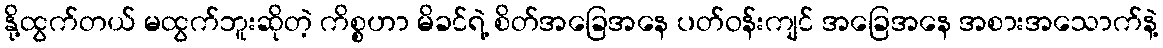
နို့ထွက်တယ် မထွက်ဘူးဆိုတဲ့ ကိစ္စဟာ မိခင်ရဲ့ စိတ်အခြေအနေ ပတ်ဝန်းကျင် အခြေအနေ အစားအသောက်နဲ့